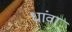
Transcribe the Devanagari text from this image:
धांवा